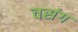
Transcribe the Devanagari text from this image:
वसंग